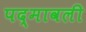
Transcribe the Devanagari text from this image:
पद्मावली